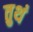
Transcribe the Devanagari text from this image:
तुथं